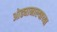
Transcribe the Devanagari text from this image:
ओढ्यानाल्याच्या